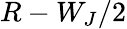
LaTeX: R-W_{J}/2